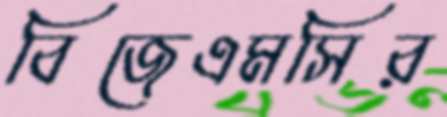
বিজেএমসির